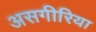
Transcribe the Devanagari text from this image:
असगीरिया